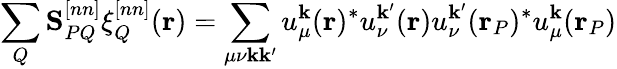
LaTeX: \sum_{Q}\mathbf S_{PQ}^{[nn]}\xi_{Q}^{[nn]}(\mathbf{r})=\sum_{\mu\nu\mathbf{k}\mathbf{k}^{\prime}}u_{\mu}^{\mathbf{k}}(\mathbf{r})^{*}u_{\nu}^{\mathbf{k}^{\prime}}(\mathbf{r})u_{\nu}^{\mathbf{k}^{\prime}}(\mathbf{r}_{P})^{*}u_{\mu}^{\mathbf{k}}(\mathbf{r}_{P})